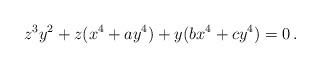
LaTeX: \begin{align*} z^3 y^2 + z(x^4 + a y^4) + y(bx^4 + c y^4) = 0 \, . \end{align*}